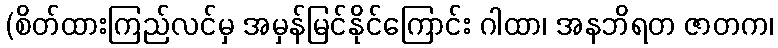
(စိတ်ထားကြည်လင်မှ အမှန်မြင်နိုင်ကြောင်း ဂါထာ၊ အနဘိရတ ဇာတက၊